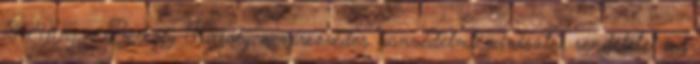
1944.11.15. - Beregfy Károly vezérezredes honvédelmi miniszter rendeletet ad